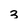
Character: 3